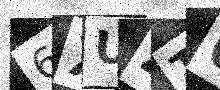
Text: 6XUZT6